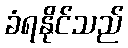
ခံရနိုင်သည်